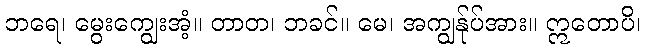
ဘရေ၊ မွေးကျွေးအံ့။ တာတ၊ ဘခင်။ မေ၊ အကျွန်ုပ်အား။ ဣတောပိ၊